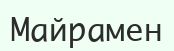
Майрамен